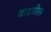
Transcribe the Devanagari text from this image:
वाढतील